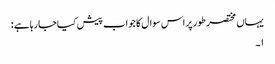
یہاں مختصر طور پر اس سوال کا جواب پیش کیاجارہاہے :
١۔